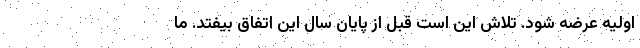
اولیه عرضه شود. تلاش این است قبل از پایان سال این اتفاق بیفتد. ما